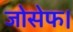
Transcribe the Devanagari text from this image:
जोसेफ।